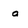
Character: a